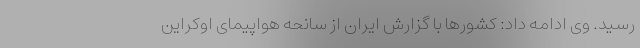
رسید. وی ادامه داد: کشورها با گزارش ایران از سانحه هواپیمای اوکراین